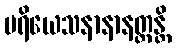
ပရိယေသနာနာနတ္တန္တိ